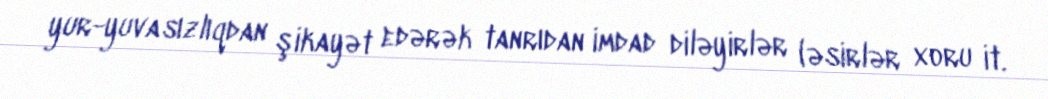
yur-yuvasızlıqdan şikayət edərək tanrıdan imdad diləyirlər (əsirlər xoru it.